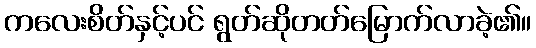
ကလေးစိတ်နှင့်ပင် ရွတ်ဆိုတတ်မြောက်လာခဲ့၏။